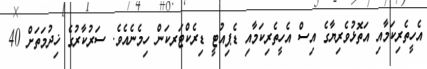
އެހީތެރިކަމާއި އަތޮޅުވެރިޔާގެ އިސް އެހީތެރިކަމާއި ޑެޕިއުޓީ ޑިރެކްޓަރކަން ހިމެނެއެވެ. ސަރުކާރުގެ ޚިދުމަތަށް 40